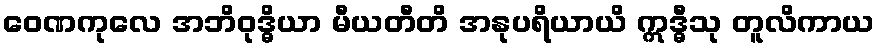
ဝေဏကုလေ အဘိဝုဒ္ဓိယာ မီယတီတိ အနုပရိယာယိ ဣဒ္ဓီသု တူလိကာယ